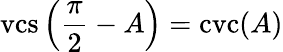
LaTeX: \operatorname{vcs}\left({\frac{\pi}{2}}-A\right)=\operatorname{cvc}(A)